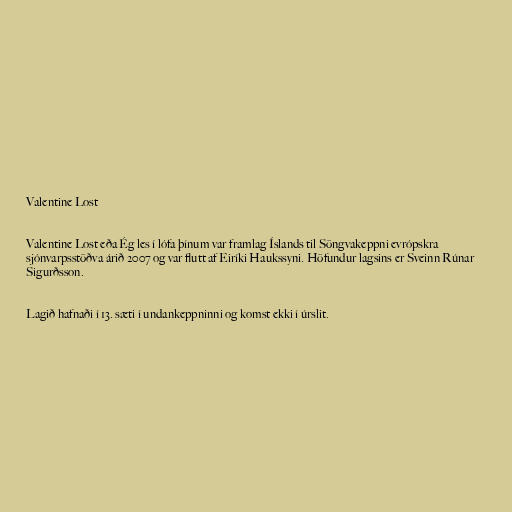
Valentine Lost

Valentine Lost eða Ég les í lófa þínum var framlag Íslands til Söngvakeppni evrópskra
sjónvarpsstöðva árið 2007 og var flutt af Eiríki Haukssyni. Höfundur lagsins er Sveinn Rúnar
Sigurðsson.

Lagið hafnaði í 13. sæti í undankeppninni og komst ekki í úrslit.